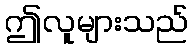
ဤလူများသည်